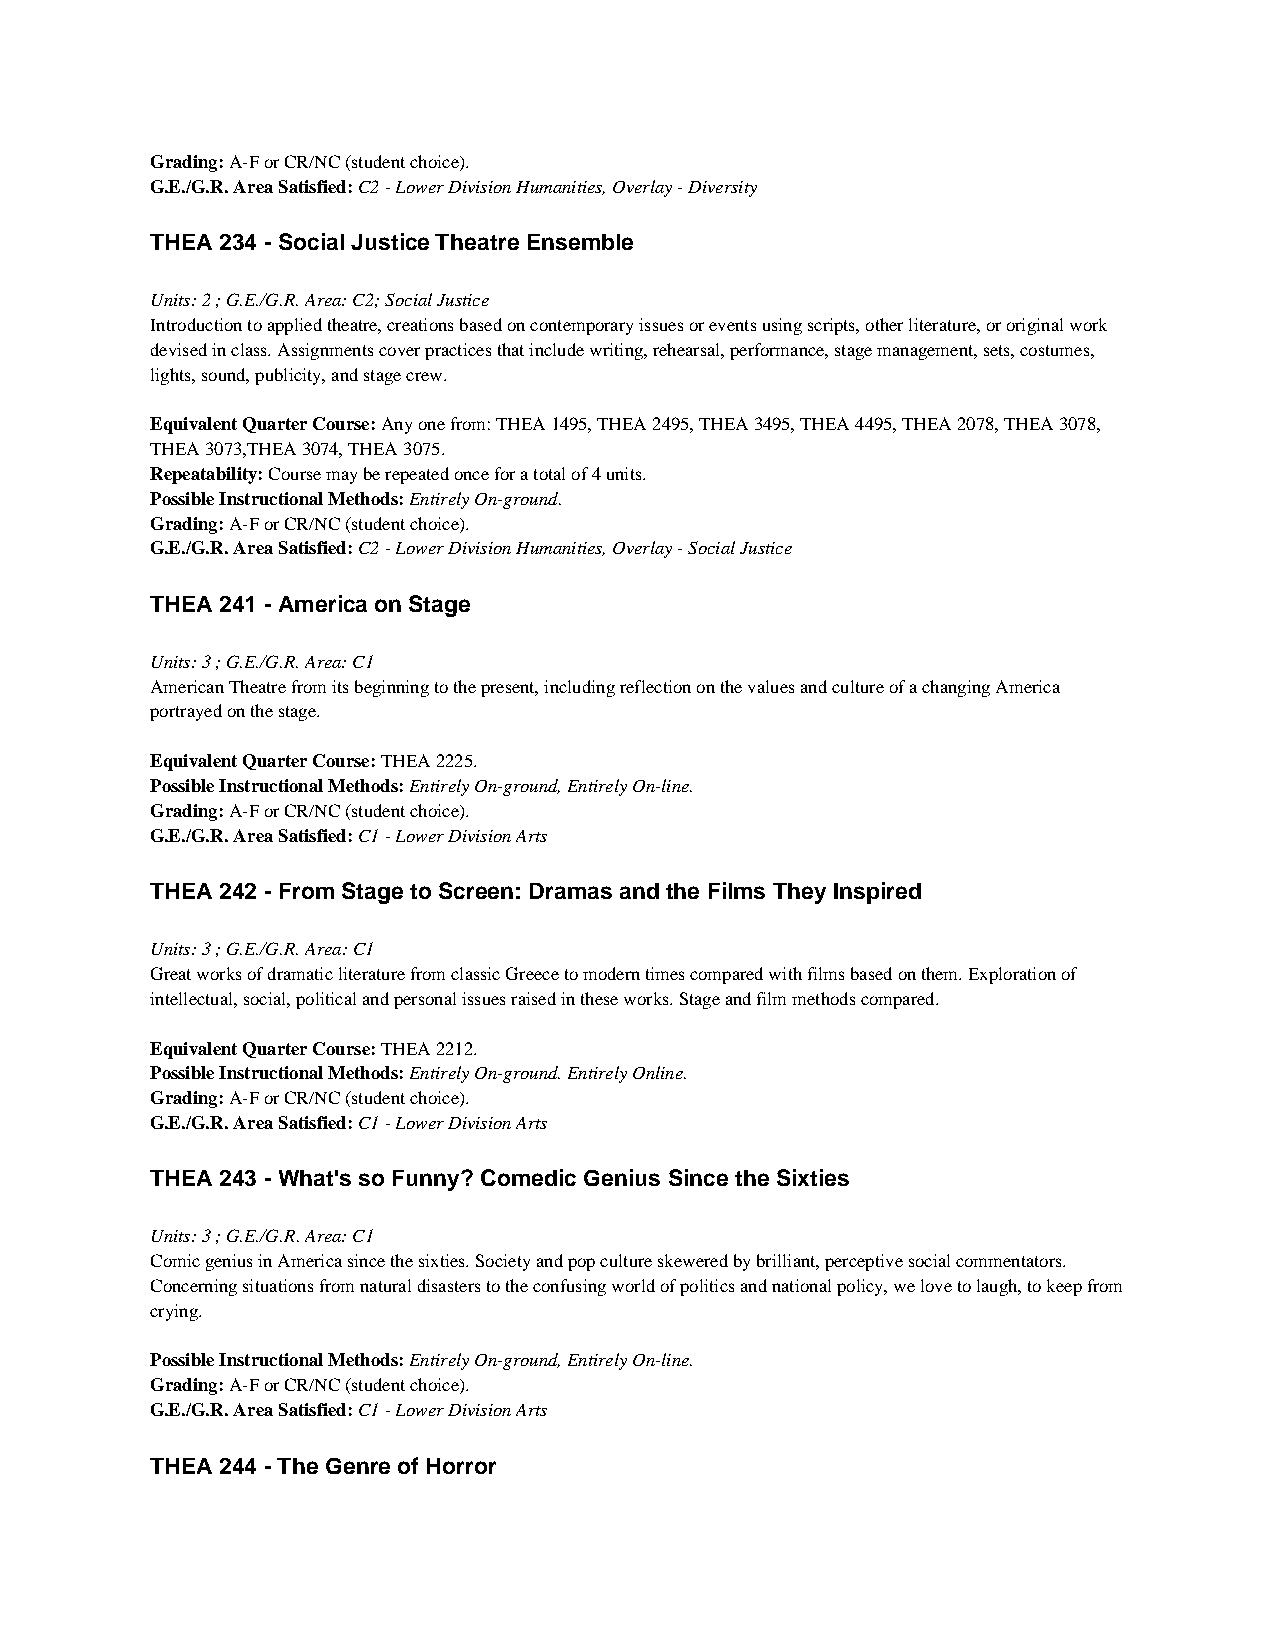
Grading: A-F or CR/NC (student choice).
 G.E./G.R. Area Satisfied: C2 - Lower Division Humanities, Overlay - Diversity
 THEA 234 - Social Justice Theatre Ensemble
 Units: 2 ; G.E./G.R. Area: C2; Social Justice
 Introduction to applied theatre, creations based on contemporary issues or events using scripts, other literature, or original work
 devised in class. Assignments cover practices that include writing, rehearsal, performance, stage management, sets, costumes,
 lights, sound, publicity, and stage crew.
 Equivalent Quarter Course: Any one from: THEA 1495, THEA 2495, THEA 3495, THEA 4495, THEA 2078, THEA 3078,
 THEA 3073,THEA 3074, THEA 3075.
 Repeatability: Course may be repeated once for a total of 4 units.
 Possible Instructional Methods: Entirely On-ground.
 Grading: A-F or CR/NC (student choice).
 G.E./G.R. Area Satisfied: C2 - Lower Division Humanities, Overlay - Social Justice
 THEA 241 - America on Stage
 Units: 3 ; G.E./G.R. Area: C1
 American Theatre from its beginning to the present, including reflection on the values and culture of a changing America
 portrayed on the stage.
 Equivalent Quarter Course: THEA 2225.
 Possible Instructional Methods: Entirely On-ground, Entirely On-line.
 Grading: A-F or CR/NC (student choice).
 G.E./G.R. Area Satisfied: C1 - Lower Division Arts
 THEA 242 - From Stage to Screen: Dramas and the Films They Inspired
 Units: 3 ; G.E./G.R. Area: C1
 Great works of dramatic literature from classic Greece to modern times compared with films based on them. Exploration of
 intellectual, social, political and personal issues raised in these works. Stage and film methods compared.
 Equivalent Quarter Course: THEA 2212.
 Possible Instructional Methods: Entirely On-ground. Entirely Online.
 Grading: A-F or CR/NC (student choice).
 G.E./G.R. Area Satisfied: C1 - Lower Division Arts
 THEA 243 - What's so Funny? Comedic Genius Since the Sixties
 Units: 3 ; G.E./G.R. Area: C1
 Comic genius in America since the sixties. Society and pop culture skewered by brilliant, perceptive social commentators.
 Concerning situations from natural disasters to the confusing world of politics and national policy, we love to laugh, to keep from
 crying.
 Possible Instructional Methods: Entirely On-ground, Entirely On-line.
 Grading: A-F or CR/NC (student choice).
 G.E./G.R. Area Satisfied: C1 - Lower Division Arts
 THEA 244 - The Genre of Horror